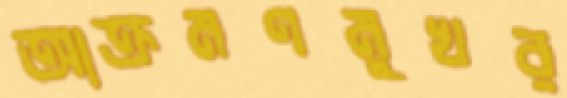
আক্রমণমুখর